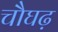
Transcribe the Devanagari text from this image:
चौघढ़